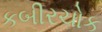
કબીરચોક